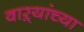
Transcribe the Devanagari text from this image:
वाऱ्यांच्या